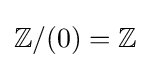
\mathbb {Z} /(0)=\mathbb {Z}